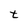
Character: t